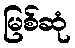
မြစ်ဆုံ